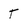
Character: t